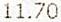
11.70